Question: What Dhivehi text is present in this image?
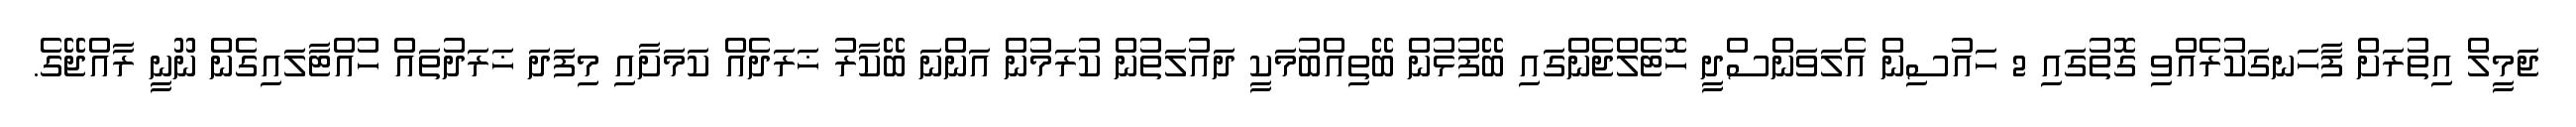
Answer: ޖަމީލް އިތުރަށް ފާހަނގަކުރެއްވި ގޮތުގައި 2 ހައުސިން އެލަވަންސްދީ ހޮޓެލްޖެންގައި ބޭފުޅުން ބޭތިއްބުމަކީ ދައުލަތުން ކުރަމުން އަންނަ ބޭކާރު ޚަރަދެއް ކަމަށާއި މިފަދަ ޚަރަދުތައް ހުއްޓާލައިގެން ނޫނީ ރާއްޖޭގެ.